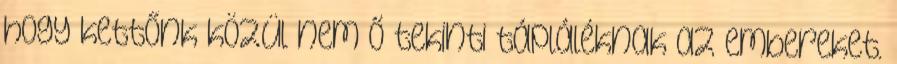
hogy kettőnk közül nem ő tekinti tápláléknak az embereket.